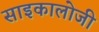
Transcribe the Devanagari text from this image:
साइकालोजी